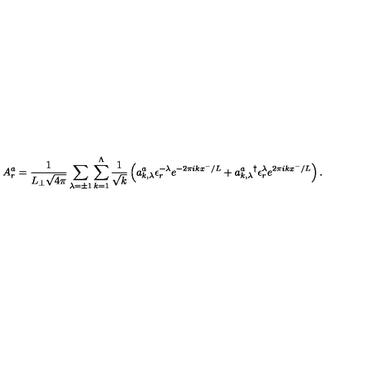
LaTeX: A _ { r } ^ { a } = \frac { 1 } { L _ { \perp } \sqrt { 4 \pi } } \sum _ { \lambda = \pm 1 } \sum _ { k = 1 } ^ { \Lambda } \frac { 1 } { \sqrt { k } } \left( a _ { k , \lambda } ^ { a } \epsilon _ { r } ^ { - \lambda } e ^ { - 2 \pi i k x ^ { - } / L } + { a _ { k , \lambda } ^ { a } } ^ { \dag } \epsilon _ { r } ^ { \lambda } e ^ { 2 \pi i k x ^ { - } / L } \right) .